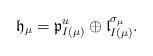
LaTeX: \begin{align*}\mathfrak{h}_{\mu} = \mathfrak{p}_{I(\mu)}^u \oplus \mathfrak{l}_{I(\mu)}^{\sigma_{\mu}}.\end{align*}